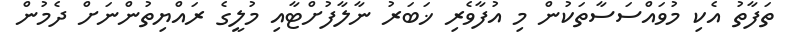
ތަފާތު އެކި މުވައްސަސާތަކުން މި އުފާވެރި ޚަބަރު ނާލާފުށްޓާއި މުލީގެ ރައްޔިތުންނަށް ދެމުން